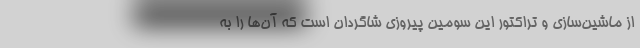
از ماشین‌سازی و تراکتور این سومین پیروزی شاگردان است که آن‌ها را به